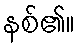
နစ်၏။